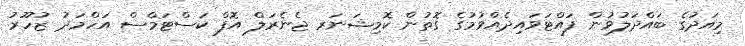
މިއަދުގެ ބައްދަލުވުން ފައްޓަވައިދެއްވުމުގެ ގޮތުން ކޮމިޝަނަރ ޖެނެރަލް އޮފް ކަސްޓަމްސް އަހްމަދު ޒުހޫރު